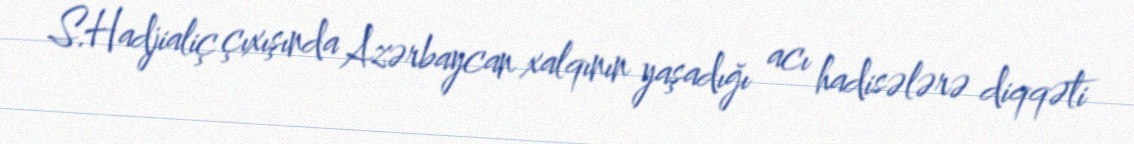
S.Hadjialiç çıxışında Azərbaycan xalqının yaşadığı acı hadisələrə diqqəti